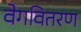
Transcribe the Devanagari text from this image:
वेगवितरण